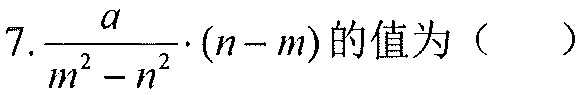
7.\(\frac{a}{m^{2}-n^{2}}\cdot(n - m)\)的值为（  ）